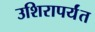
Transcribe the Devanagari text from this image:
उशिरापर्यंत